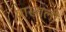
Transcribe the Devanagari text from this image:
याखाली